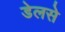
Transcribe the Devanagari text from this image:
डेलसे